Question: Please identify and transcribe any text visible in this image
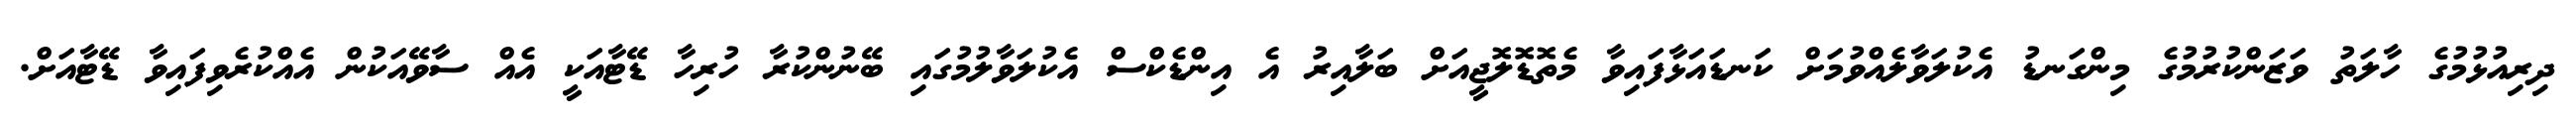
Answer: ދިރިއުޅުމުގެ ހާލަތު ވަޒަންކުރުމުގެ މިންގަނޑު އެކުލަވާލެއްވުމަށް ކަނޑައަޅާފައިވާ މެތޮޑޮލޮޖީއަށް ބަލާއިރު އެ އިންޑެކްސް އެކުލަވާލުމުގައި ބޭނުންކުރާ ހުރިހާ ޑޭޓާއަކީ އެއް ސާވޭއަކުން އެއްކުރެވިފައިވާ ޑޭޓާއަށް.